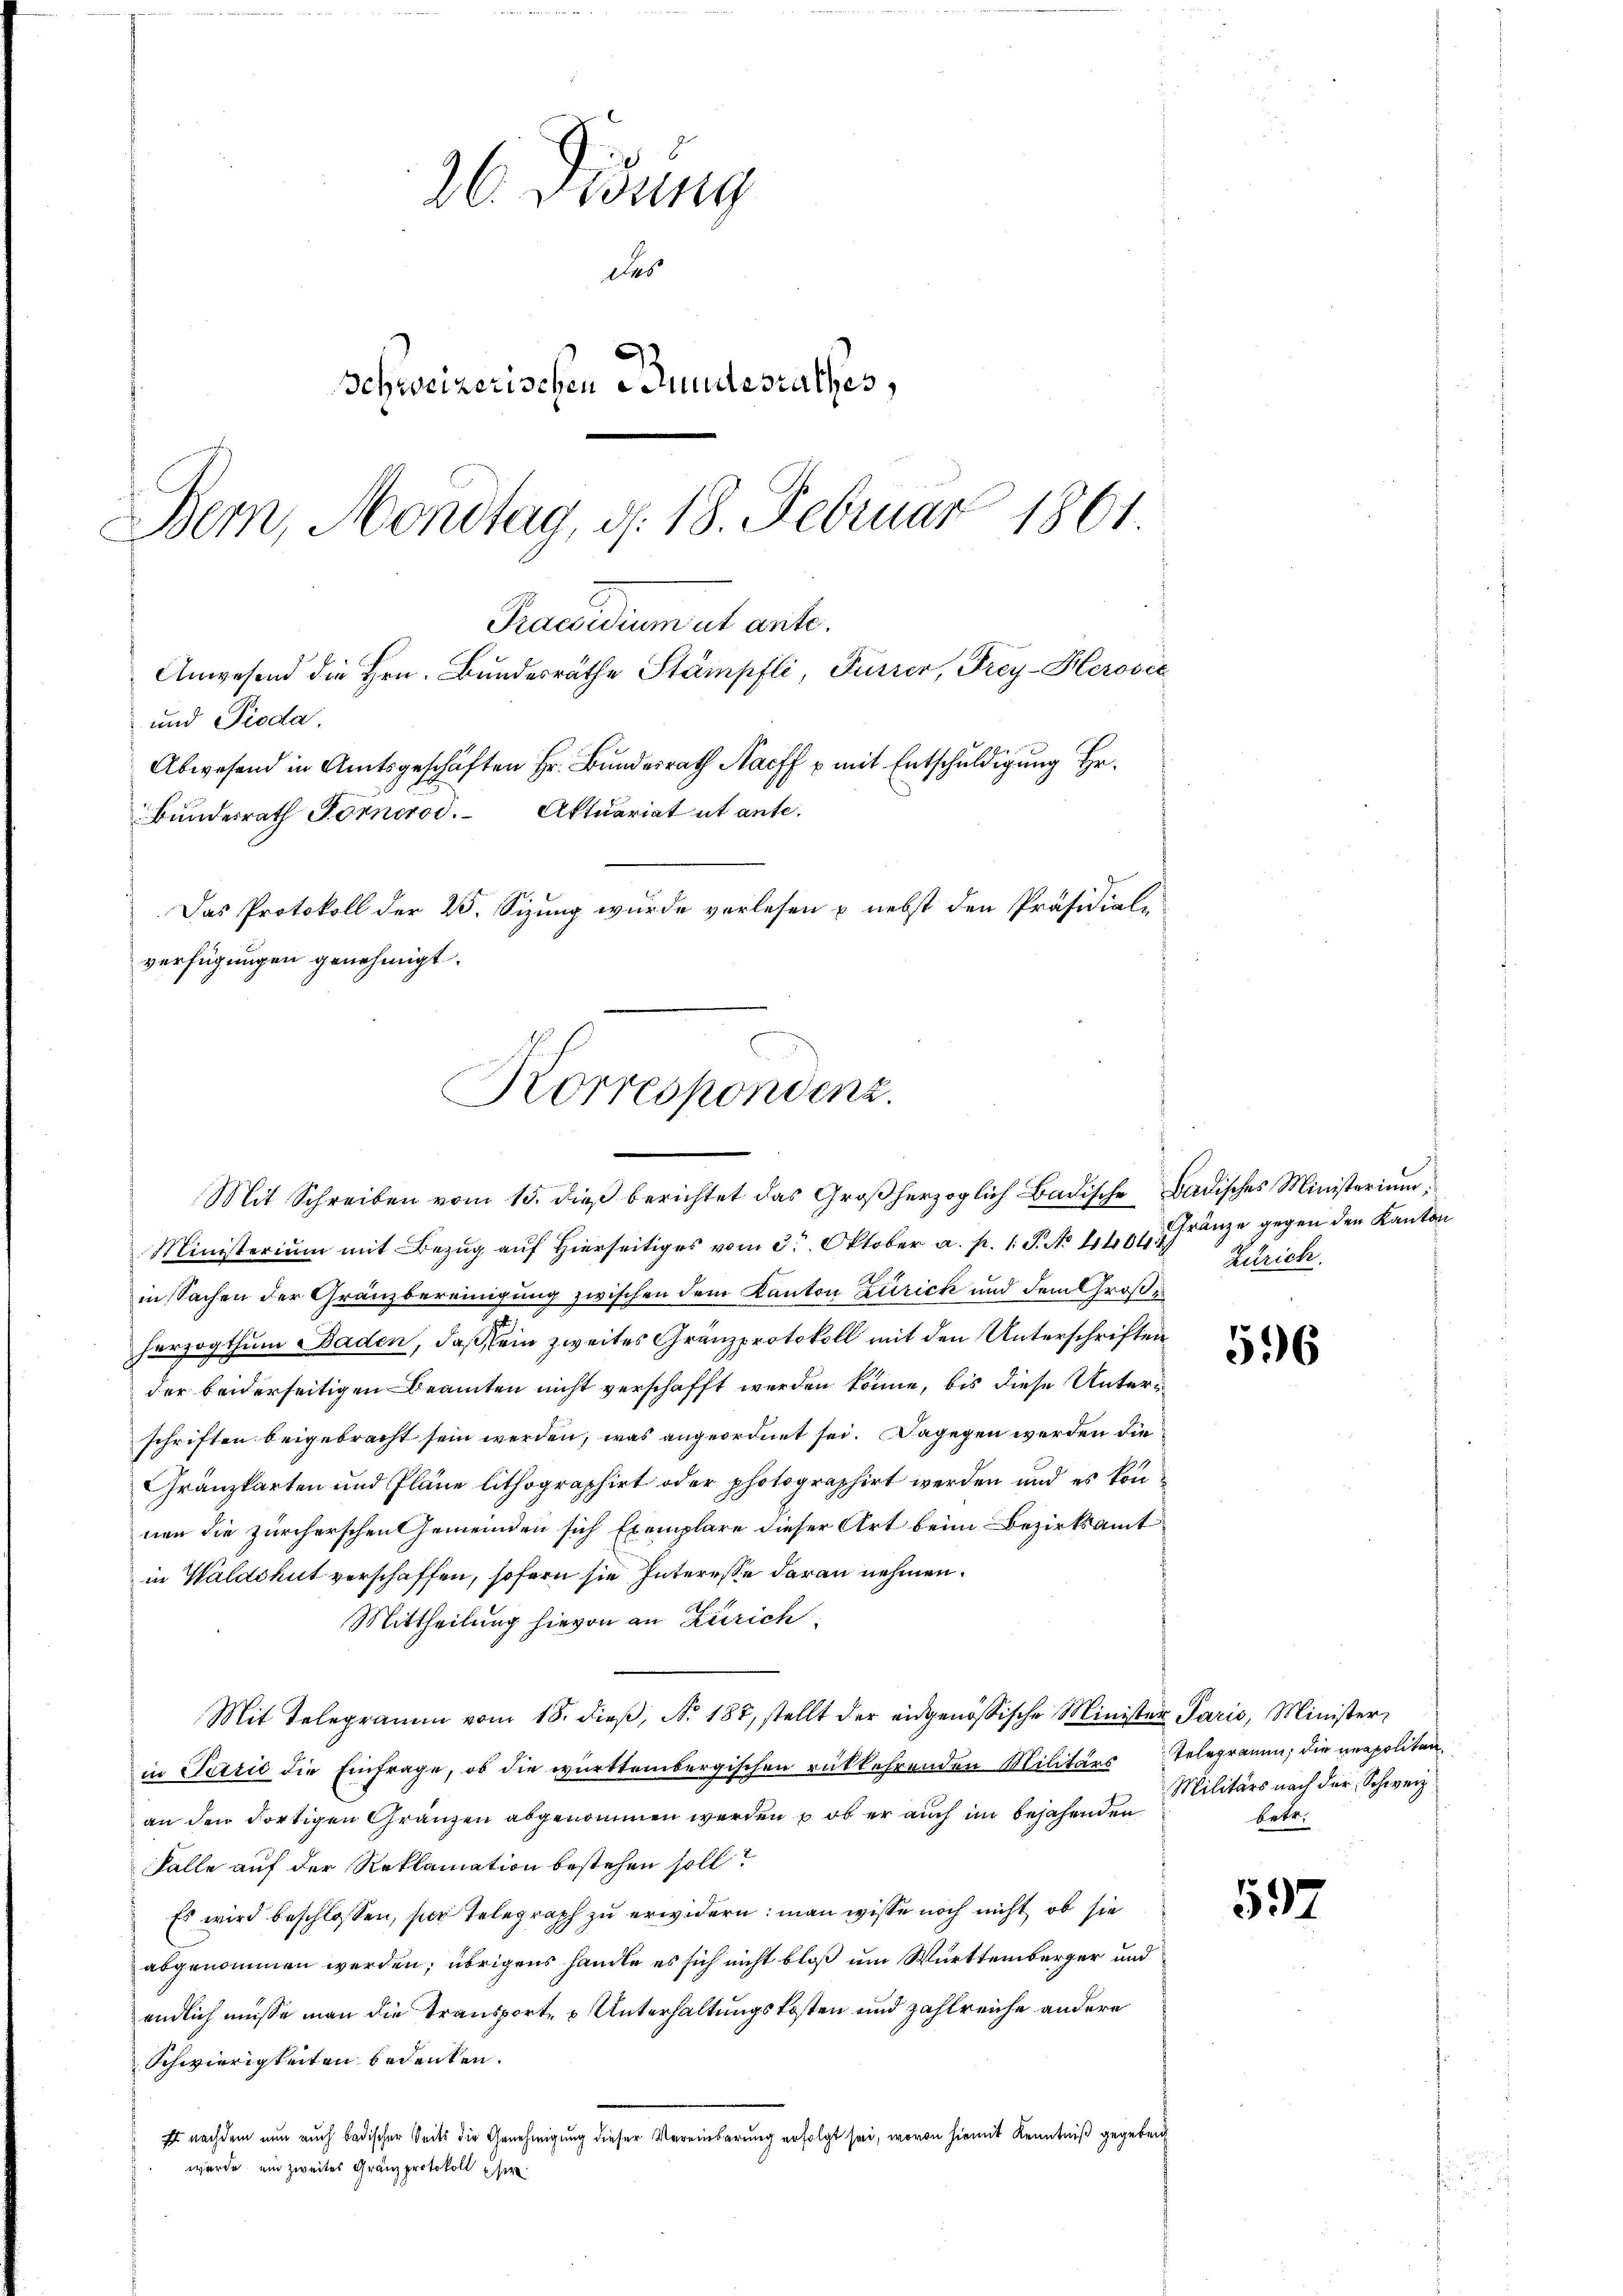
26 Didung
des
Schweizerischen Bundesrathes,
Bern, Mondtag, d. 18. Februar 1861
Praesidium ut ante.
Anwesend die Hrn. Bundesräthe Stämpfli, Furrer, Frey-Herović
und Pioda.
Abwesend in Amtsgeschäften Hr. Bunderrath Harff u mit Entschuldigung Hr.
Bundesrath Fornerod. Aktuariat ut ante.
Das Protokoll der 20. Sizung würde verlesen u. nebst den Präsidial-
verfügungen genehmigt.

Mit Schreiben vom 15. dieβ berichtet das Großherzoglich Badische Badisches Ministerium,
Ministerium mit Bezŭg aŭf hierseitiges vom 3. Oktober a. p. 1. P. No 140. Franze gegen den Kanton
in Sachen der Gränzbereinigung zwischen dem Kanton Zürick und dem Große
herzogthum Baden, daß sein zweites Gränzprotokoll mit den Unterschriften
der beiderseitigen Beamten nicht verschafft werden könne, bis diese Unterschriften beigebracht sein werden, was angeordnet sei. Dagegen werden die
Gränzkarten und Pläne lithographirt oder photographirt werden und es konnen die zürcherschen Gemeinden sich Exemplare dieser Art beim Bezirksamt
in Waldshut verschaffen, sofern sie Interesse daran nehmen.
Mittheilung hievon an Zürich
Mit Telegramm vom 18. dieβ, N. 187, stellt der eidgenössische Minister Paris, Minister
in Perić die Einfrage, ob die württembergischen rükkehrenden Militärs Telegramm, die neapolitanan den dortigen Gränzen abgenommen werden, ob er auch im bejahenden
Falle auf der Reklamation bestehen soll?
Es wird beschlossen, für Telegraph zu erwidern: man wisse noch nicht ob sie
abgenommen werden; übrigens handle es sich nicht bloß um Württemberger und
endlich müsse man die Transport, & Unterhaltungskosten und zahlreiche andere
Schwierigkeiten bedeuten.
Es nachdem nun auch badischer Seits die Genehmigung dieser Vereinbarung erfolgt sei, wovon hiemit Kenntniß gegeben
wurde ein zweites Gränzprotokoll eser

Korrespondenz.
n

Zürich.

596

Militärs nach der Schweiz
betr.

597